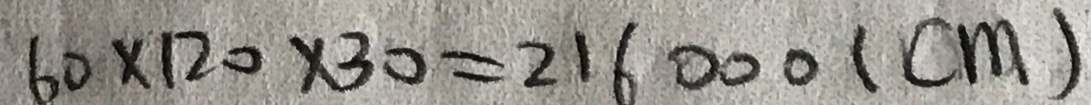
6 0 \times 1 2 0 \times 3 0 = 2 1 6 0 0 0 ( c m )